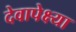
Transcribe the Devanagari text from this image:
देवापेक्ष्या